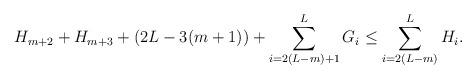
LaTeX: \begin{align*}H_{m+2} + H_{m+3} + (2L - 3(m+1)) + \sum_{i=2(L-m) +1}^L G_i \leq \sum_{i=2(L-m)}^L H_i.\end{align*}